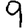
Digit: 9